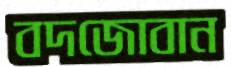
বদজোবান